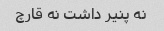
نه پنیر داشت نه قارچ